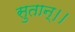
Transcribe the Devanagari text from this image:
सुतान्।।